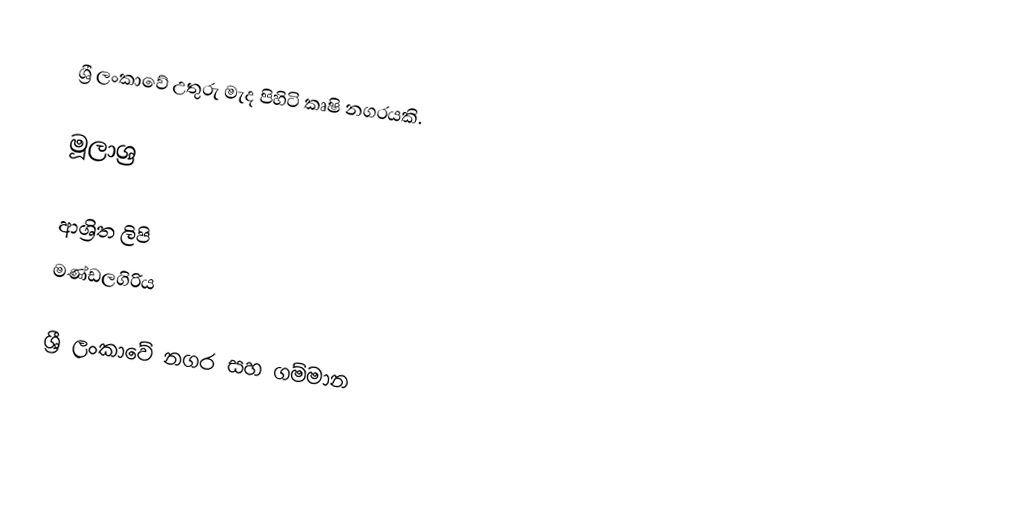
ශ්‍රී ලංකාවේ උතුරු මැද පිහිටි කෘෂි නගරයකි.

මූලාශ්‍ර

ආශ්‍රිත ලිපි
 මණ්ඩලගිරිය

ශ්‍රී ලංකාවේ නගර සහ ගම්මාන